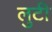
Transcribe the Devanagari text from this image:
लुटी